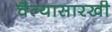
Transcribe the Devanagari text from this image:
चैत्यासारखी